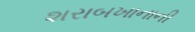
શરાબખાનાની